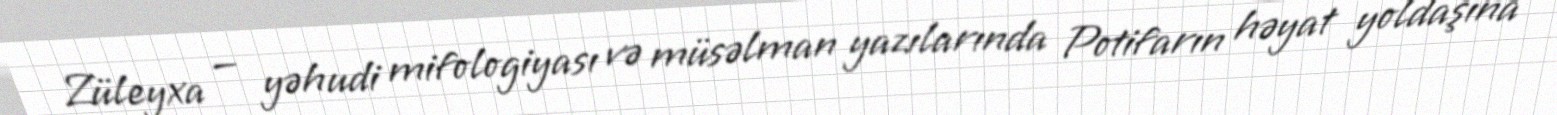
Züleyxa — yəhudi mifologiyası və müsəlman yazılarında Potifarın həyat yoldaşına